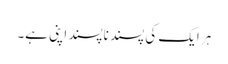
ہر ایک کی پسند ناپسند اپنی ہے۔